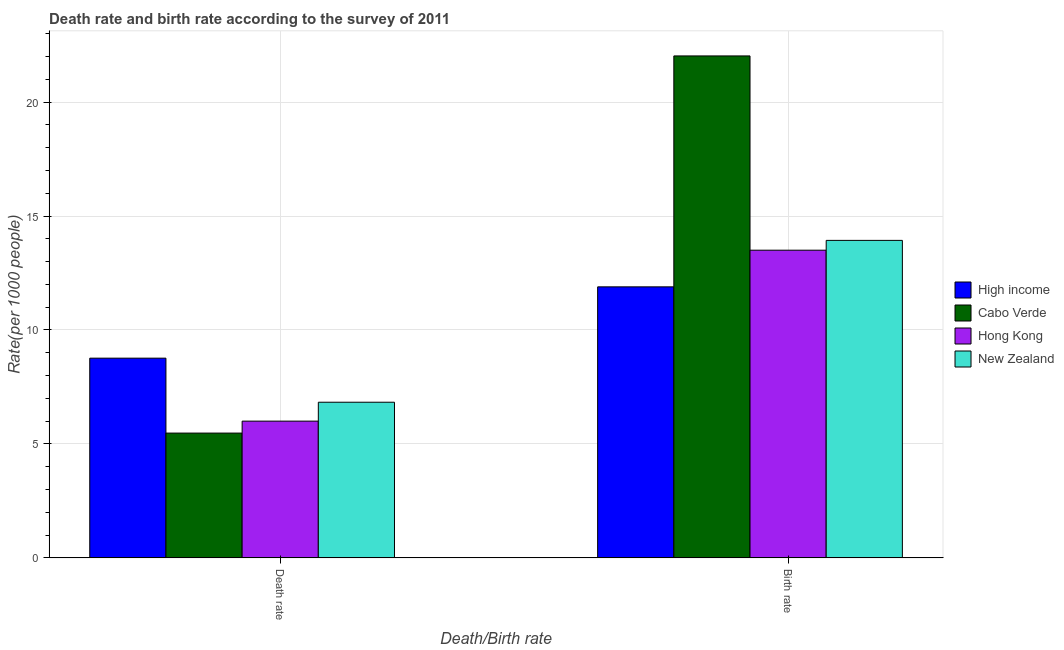
| Death/Birth rate | High income | Cabo Verde | Hong Kong | New Zealand |
 | --- | --- | --- | --- | --- |
 | Death rate | 8.76 | 5.48 | 6 | 6.83 |
 | Birth rate | 11.9 | 22 | 13.5 | 13.9 |